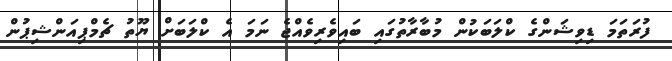
ފުރަތަމަ ޑިވިޝަންގެ ކްލަބަކުން މުބާރާތުގައި ބައިވެރިވެއްޖެ ނަމަ އެ ކްލަބަށް ޔޫތު ޗެމްޕިއަންޝިޕުން